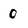
Character: 0